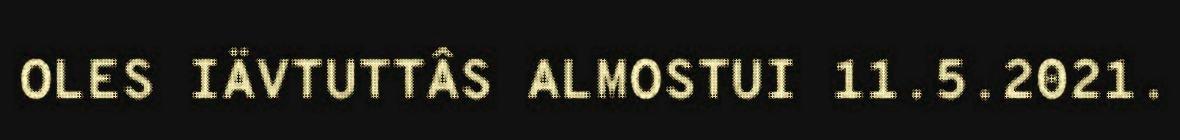
OLES IÄVTUTTÂS ALMOSTUI 11.5.2021.